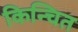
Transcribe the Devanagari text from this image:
किन्चित